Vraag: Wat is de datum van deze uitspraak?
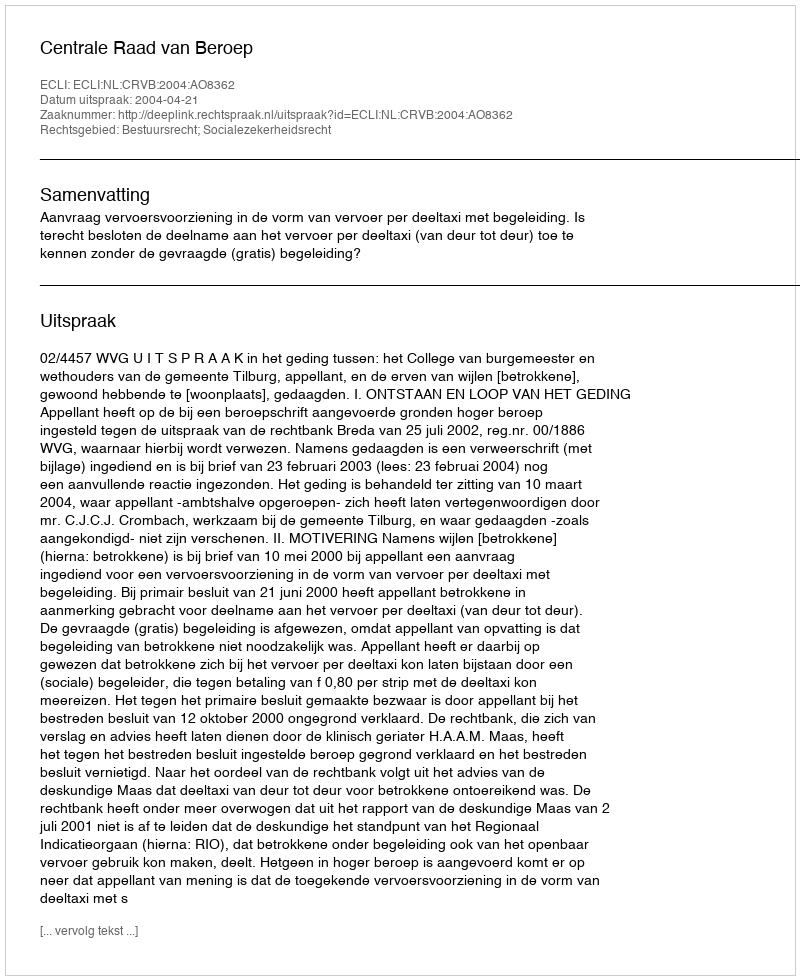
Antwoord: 2004-04-21